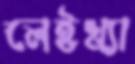
লেইখ্যা